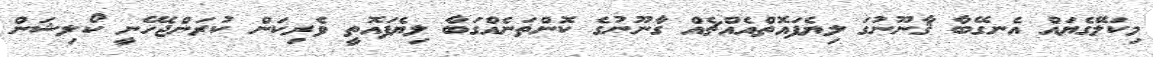
މިކަލޭގެޔައް އެނގޭބާ ޤާނޫނުގަ ލިޔެފައޮތްއެއްޗެއް ގާނޫނުގެ ކޮންތަނެއްގަބާ ލިޔެފައޮތީ ވެރިކަން ކުރަންޖެހޭނީ ކޯލިޝަން